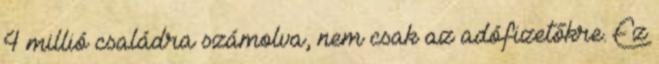
4 millió családra számolva, nem csak az adófizetőkre. Ez